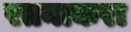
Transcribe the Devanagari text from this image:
रतनाकरा